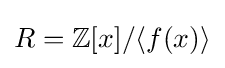
R=\mathbb {Z} [x]/\langle f(x)\rangle